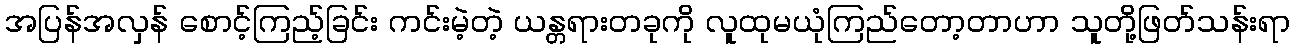
အပြန်အလှန် စောင့်ကြည့်ခြင်း ကင်းမဲ့တဲ့ ယန္တရားတခုကို လူထုမယုံကြည်တော့တာဟာ သူတို့ဖြတ်သန်းရာ